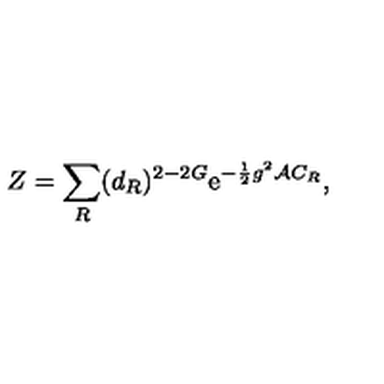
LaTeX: Z = \sum _ { R } ( d _ { R } ) ^ { 2 - 2 G } \mathrm { e } ^ { - { \frac { 1 } { 2 } } g ^ { 2 } { \cal A } C _ { R } } ,